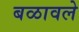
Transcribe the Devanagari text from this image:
बळावले